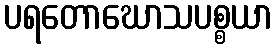
ပရတောဃောသပစ္စယာ